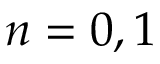
n = 0 , 1